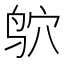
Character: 𫛣